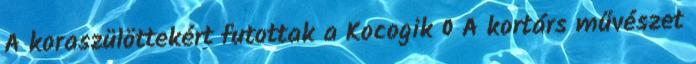
A koraszülöttekért futottak a Kocogik 0 A kortárs művészet